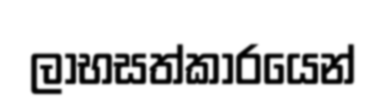
ලාභසත්කාරයෙන්